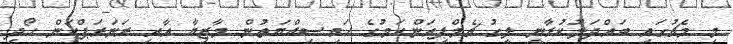
މި މެޗުގައި ބައްދަލުކުރާނީ ލީގު ޗެމްޕިއަންކަމުގެ ހައިސިއްޔަތުން މާޒިޔާ އާއި ރަނަރަޕްކަން ހޯދި